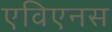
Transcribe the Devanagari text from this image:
एविएनस